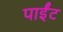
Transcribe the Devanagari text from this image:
पाईंट